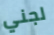
لجني